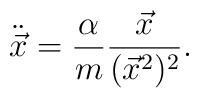
\ddot{\vec x}=\frac{\alpha}{m}\frac{\vec x}{(\vec x^2)^2}.